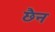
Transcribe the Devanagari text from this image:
छैन